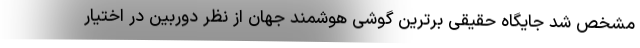
مشخص شد جایگاه حقیقی برترین گوشی‌ هوشمند جهان از نظر دوربین در اختیار